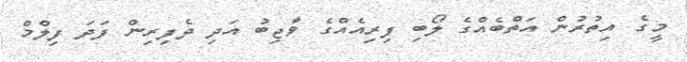
މީގެ އިތުރުން އަތްބެއްގެ ލޯބި ފިރިއެެއްގެ ވާޖިބު އަދި ދެފިރިން ފަދަ ފިލްމް